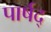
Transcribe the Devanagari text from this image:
पार्षद्